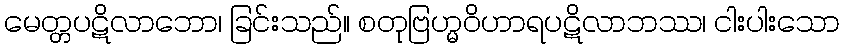
မေတ္တပဋိလာဘော၊ ခြင်းသည်။ စတုဗြဟ္မဝိဟာရပဋိလာဘဿ၊ ငါးပါးသော